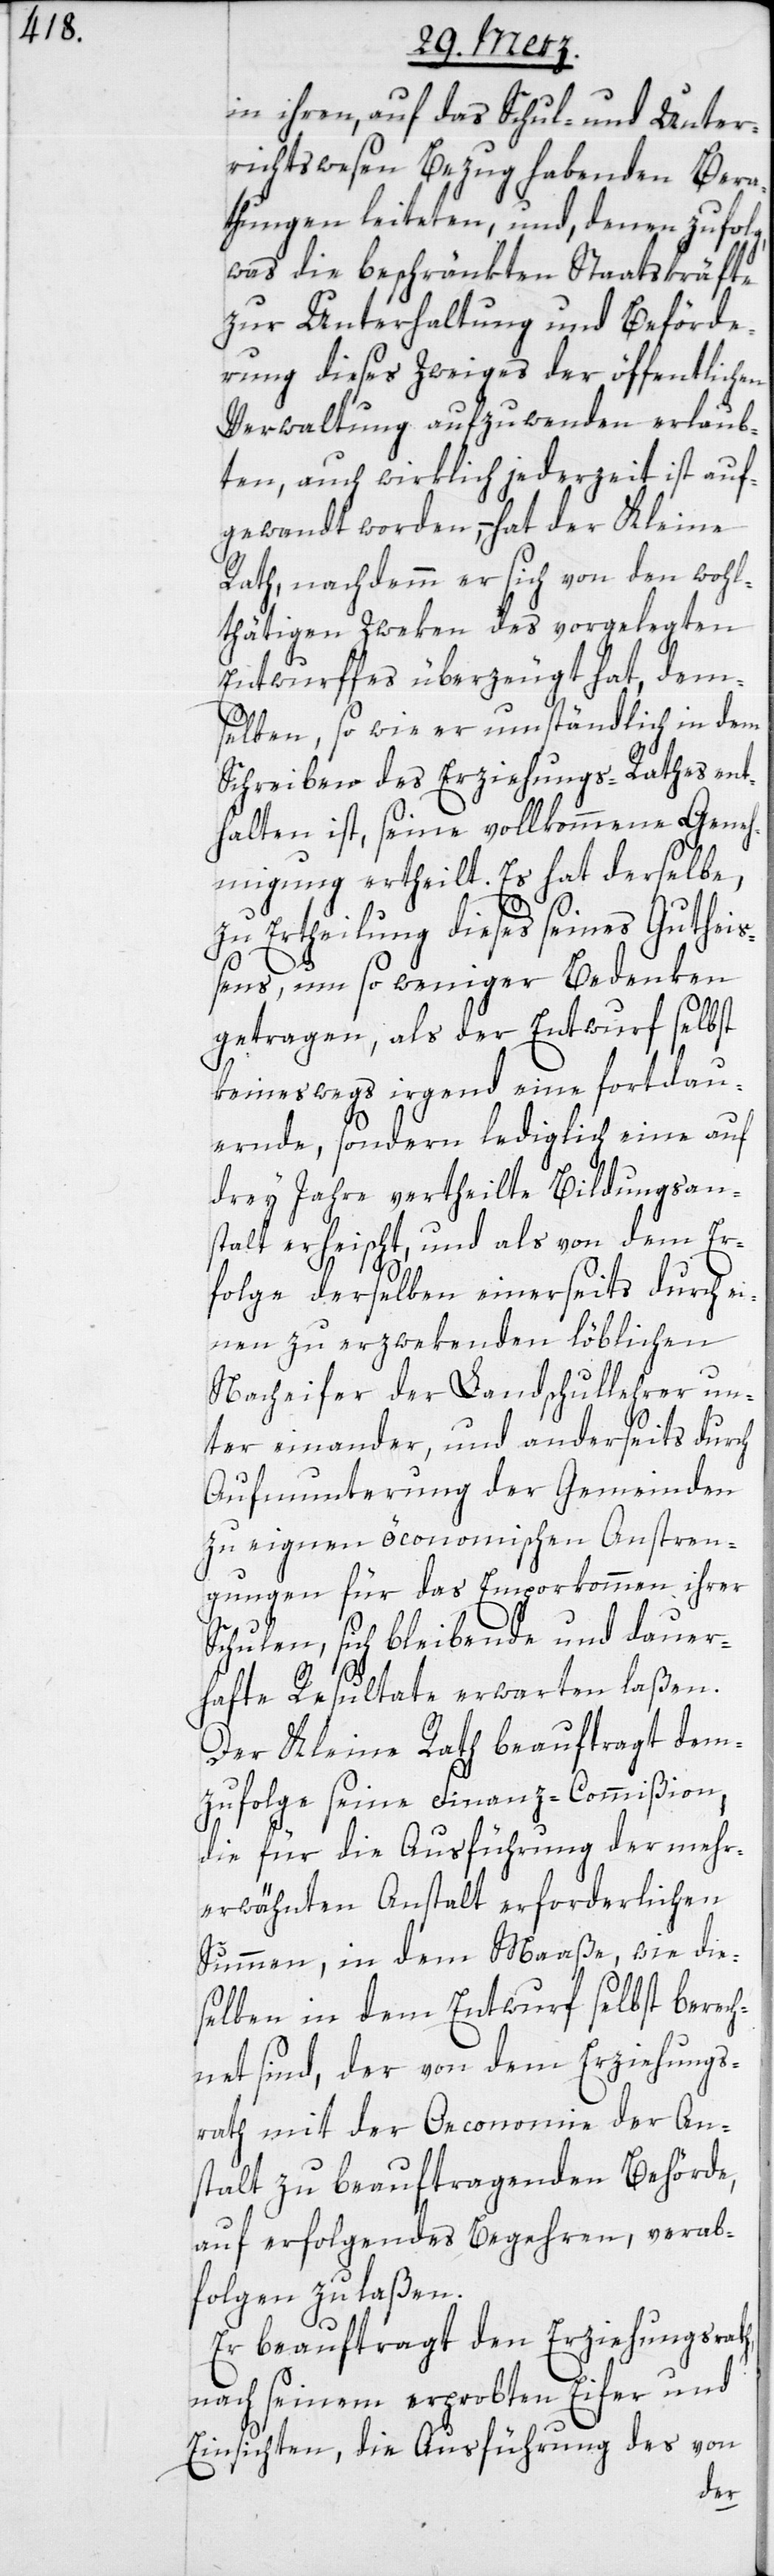
in ihren, auf das Schul- und Unter¬
richtswesen Bezug habenden Bera¬
thungen leiteten, und, denen zufolg,
was die beschränkten Staatskräfte
zur Unterhaltung und Beförde¬
rung dieses Zweiges der öffentlichen
Verwaltung aufzuwenden erlaub¬
ten, auch wirklich jederzeit ist auf¬
gewandt worden, hat der Kleine
Rath, nachdemm er sich von den wohl¬
thätigen Zweken des vorgelegten
Entwurffes überzeugt hat, dem¬
selben, so wie er umständlich in dem
Schreiben des Erziehungs-Rathes ent¬
halten ist, seine vollkommene Geneh¬
migung ertheilt. Es hat derselbe,
zu Ertheilung dieses seines Gutheiß¬
ens, um so weniger Bedenken
getragen, als der Entwurf selbst
keineswegs irgend eine fortdau¬
ernde, sondern lediglich eine auf
drey Jahre vertheilte Bildungsan¬
stalt erheischt, und als von dem Er¬
folge derselben einerseits durch ei¬
nen zu erzwekenden löblichen
Nacheifer der Landschullehrer un¬
ter einander, und anderseits durch
Aufmunterung der Gemeinden
zu eignen öconomischen Anstren¬
gungen für das Emporkommen ihrer
Schulen, sich bleibende und dauer¬
hafte Resultate erwarten laßen.
Der Kleine Rath beauftragt dem¬
zufolge seine Finanz-Commißion,
die für die Ausführung der mehr¬
erwähnten Anstalt erforderlichen
Summen, in dem Maaße, wie die¬
selben in dem Entwurf selbst berech¬
net sind, der von dem Erziehungs¬
rath mit der Oeconomie der An¬
stalt zu beauftragenden Behörde,
auf erfolgendes Begehren, verab¬
folgen zu laßen.
Er beauftragt den Erziehungsrath,
nach seinem erprobten Eifer und
Einsichten, die Ausführung des von